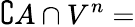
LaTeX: \complement A\cap V^{n}=